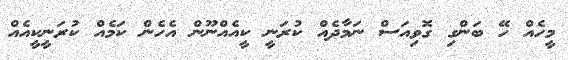
މީހެއް ހޭ ބަންގި ގޮވިއަސް ނަމާދެއް ކުރަނީ ކީއެއްނޫން އެހެން ކަމެއް ކުރަނީކީއެއް